Civil Veterinary Department. Madras. Admin. report 1926-33 - 1926-1933
Year: 1926
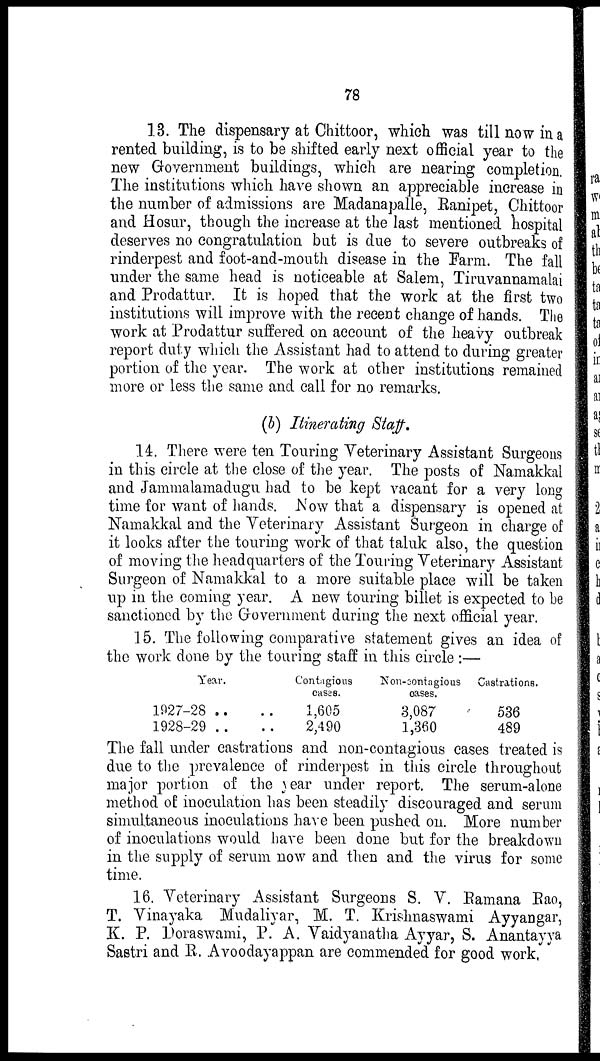
78
13. The dispensary at Chittoor, which was till now in a
rented building, is to be shifted early next official year to the
new Government buildings, which are nearing completion.
The institutions which have shown an appreciable increase in
the number of admissions are Madanapalle, Ranipet, Chittoor
and Hosur, though the increase at the last mentioned hospital
deserves no congratulation but is due to severe outbreaks of
rinderpest and foot-and-mouth disease in the Farm. The fall
under the same head is noticeable at Salem, Tiruvannamalai
and Prodattur. It is hoped that the work at the first two
institutions will improve with the recent change of hands. The
work at Prodattur suffered on account of the heavy outbreak
report duty which the Assistant had to attend to during greater
portion of the year. The work at other institutions remained
more or less the same and call for no remarks.
(b) Itinerating Staff.
14. There were ten Touring Veterinary Assistant Surgeons
in this circle at the close of the year. The posts of Namakkal
and Jammalamadugu had to be kept vacant for a very long
time for want of hands. Now that a dispensary is opened at
Namakkal and the Veterinary Assistant Surgeon in charge of
it looks after the touring work of that taluk also, the question
of moving the headquarters of the Touring Veterinary Assistant
Surgeon of Namakkal to a more suitable place will be taken
up in the coming year. A new touring billet is expected to be
sanctioned by the Government daring the next official year.
15. The following comparative statement gives an idea of
the work done by the touring staff in this circle:—
Year.
1927-28 ..
1928-29 ..
Contagious
cases.
.. 1,605
2,490
Non-contagious
oases.
3,087
1,360
Castrations.
536
489
The fall under castrations and non-contagious cases treated is
due to the prevalence of rinderpest in this circle throughout
major portion of the year under report. The serum-alone
method of inoculation has been steadily discouraged and serum
simultaneous inoculations have been pushed on. More number
of inoculations would have been done but for the breakdown
in the supply of serum now and then and the virus for some
time.
16. Veterinary Assistant Surgeons S. V. Ramana Rao,
T. Vinayaka Mudaliyar, M. T. Krishnaswami Ayyangar,
K. P. Doraswami, P. A. Vaidyanatha Ayyar, S. Anantayya
Saetri and R. Avoodayappan are commended for good work,